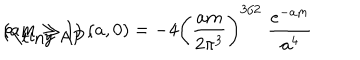
\rho _ { \mathrm { \tiny ~ A P } } ( a , 0 ) = - 4 \left( { \frac { a m } { 2 \pi ^ { 3 } } } \right) ^ { 3 / 2 } \; { \frac { e ^ { - a m } } { a ^ { 4 } } } \hspace { 0 . 5 c m } ( a m \gg 1 ) \; ,